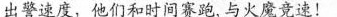
出警速度，他们和时间赛跑，与火魔竞速！